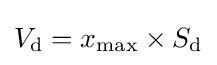
V_{\mathrm {d} }=x_{\mathrm {max} }\times S_{\mathrm {d} }